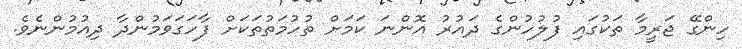
ހިންގޭ ޖަރީމާ ތަކުގައި ފުލުހުންގެ ދައުރު އޮންނަ ކަމަށް ތުހުމަތުތަކަށް ފާހަގަވަމުންދާ ދިއުމުންނެވެ.